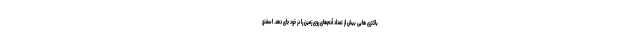
باکتری هایی بیش از تعداد آدم‌های روی زمین را در خود جای دهد. اسفنج